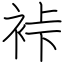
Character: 裃